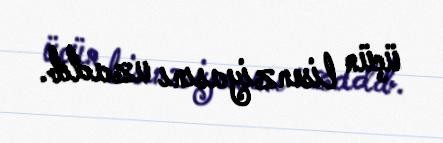
üçün lisenziyasını uzadıb.